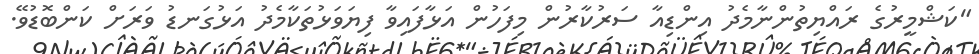
"ކަޝްމީރުގެ ރައްޔިތުންނާމެދު އިންޑިއާ ސަރުކާރުން މިފަހުން އަޅާފައިވާ ފިޔަވަޅުތަކާމެދު އަޅުގަނޑު ވަރަށް ކަންބޮޑުވޭ.